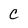
Character: C